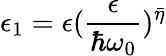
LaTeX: \epsilon_{1}=\epsilon(\frac{\epsilon}{\hbar\omega_{0}})^{\bar{\eta}}